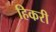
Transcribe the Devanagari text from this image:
हिकरी